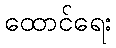
ထောင်ရေး